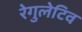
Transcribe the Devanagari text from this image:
रेगुलेटिव